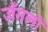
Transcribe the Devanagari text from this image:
जँगलों